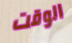
الوقت